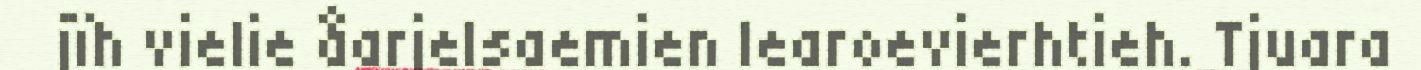
jïh vielie åarjelsaemien learoevierhtieh. Tjuara